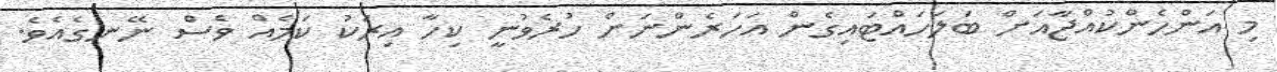
މި އަންހެންކުއްޖާއަށް ބަލަހައްޓައިގެން އަހަރެންނަށް ހުރެވުނީ ކިހާ އިރަކު ކަމެއް ވެސް ނޭނގެއެވެ.